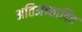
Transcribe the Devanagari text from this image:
अतिअच्छादित